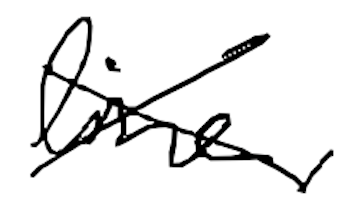
Text: line,
Cross-out: cross
Writing tool: digital_black